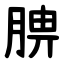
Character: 腗